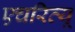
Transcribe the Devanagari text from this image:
एचरिव्यू